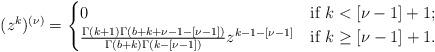
LaTeX: \begin{align*}(z^{k})^{(\nu)}=\begin{cases}0& \mbox{if}\ k<[\nu-1]+1;\\\frac{\Gamma(k+1)\Gamma(b+k+\nu-1-[\nu-1])}{\Gamma(b+k)\Gamma(k-[\nu-1])}z^{k-1-[\nu-1]} & \mbox{if}\ k\geq[\nu-1]+1.\end{cases}\end{align*}